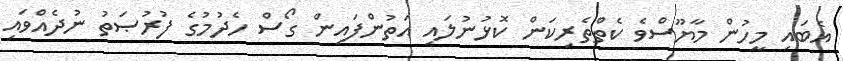
އެބައި މީހުން މާޔޫސްވެ ކެތްތެރިކަން ކޮޅުނުލައި އަތުންފައިން ގޯސް ހެދުމުގެ ފުރުޞަތު ނުދެއްވައި